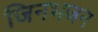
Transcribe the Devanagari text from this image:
जिनभजन